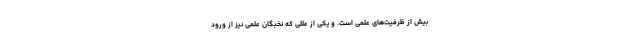
بیش از ظرفیت‌های علمی است. و یکی از عللی که نخبگان علمی نیز از ورود